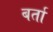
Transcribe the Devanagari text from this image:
बर्ता